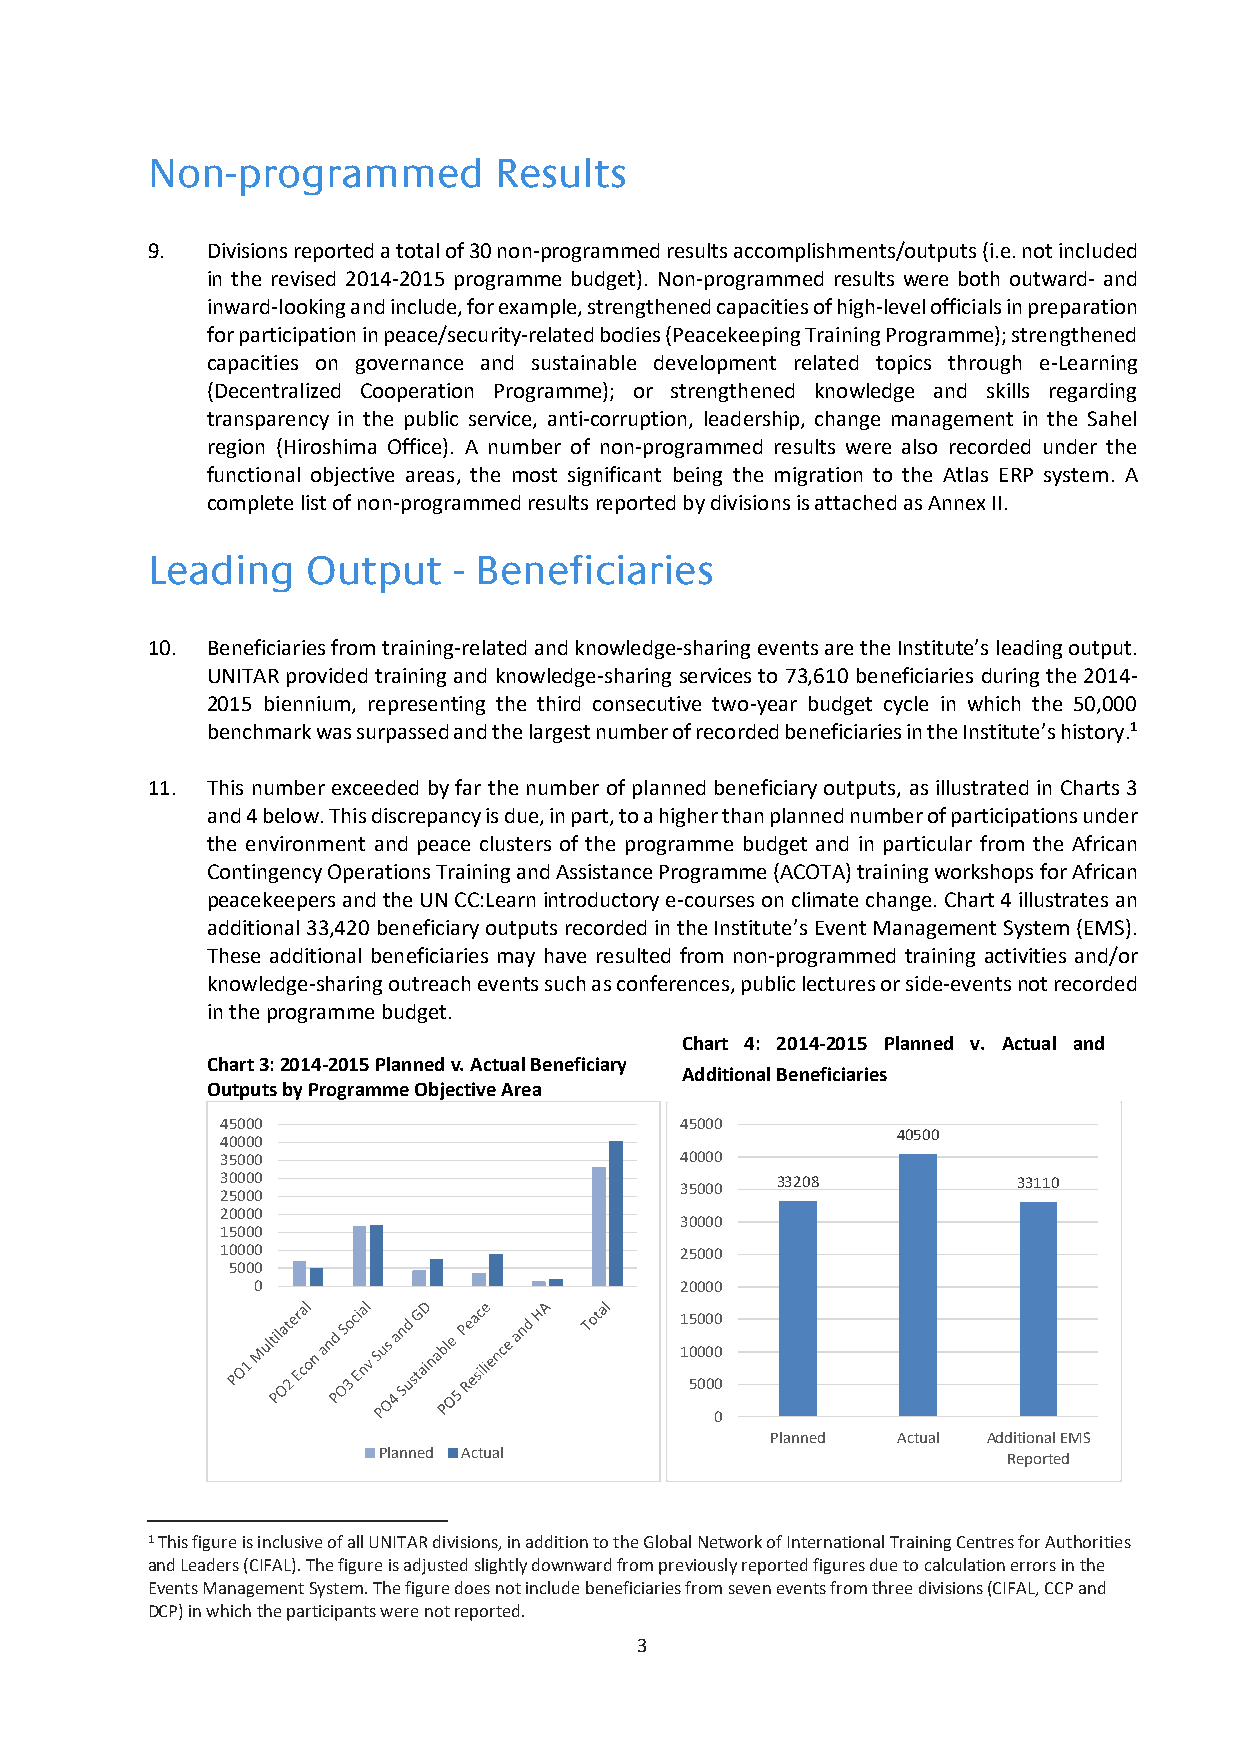
Non-programmed         Results
 9.  Divisions reported a total of 30 non-programmed results accomplishments/outputs (i.e. not included
 in the revised 2014-2015 programme budget). Non-programmed results were both outward- and
 inward-looking and include, for example, strengthened capacities of high-level officials in preparation
 for participation in peace/security-related bodies (Peacekeeping Training Programme); strengthened
 capacities on governance and sustainable development related topics through e-Learning
 (Decentralized Cooperation Programme); or strengthened knowledge and skills regarding
 transparency in the public service, anti-corruption, leadership, change management in the Sahel
 region (Hiroshima Office). A number of non-programmed results were also recorded under the
 functional objective areas, the most significant being the migration to the Atlas ERP system. A
 complete list of non-programmed results reported by divisions is attached as Annex II.
 Leading   Output    - Beneficiaries
 10. Beneficiaries from training-related and knowledge-sharing events are the Institute’s leading output.
 UNITAR provided training and knowledge-sharing services to 73,610 beneficiaries during the 2014-
 2015 biennium, representing the third consecutive two-year budget cycle in which the 50,000
 benchmark was surpassed and the largest number of recorded beneficiaries in the Institute’s history.1
 11. This number exceeded by far the number of planned beneficiary outputs, as illustrated in Charts 3
 and 4 below. This discrepancy is due, in part, to a higher than planned number of participations under
 the environment and peace clusters of the programme budget and in particular from the African
 Contingency Operations Training and Assistance Programme (ACOTA) training workshops for African
 peacekeepers and the UN CC:Learn introductory e-courses on climate change. Chart 4 illustrates an
 additional 33,420 beneficiary outputs recorded in the Institute’s Event Management System (EMS).
 These additional beneficiaries may have resulted from non-programmed training activities and/or
 knowledge-sharing outreach events such as conferences, public lectures or side-events not recorded
 in the programme budget.
 Chart 4: 2014-2015 Planned v. Actual and
 Chart 3: 2014-2015 Planned v. Actual Beneficiary
 Additional Beneficiaries
 Outputs by Programme Objective Area
 45000                         45000
 40500
 40000
 35000                         40000
 30000                               33208           33110
 35000
 25000
 20000
 30000
 15000
 10000                         25000
 5000
 0                           20000
 15000
 10000
 5000
 0
 Planned Actual Additional EMS
 Planned Actual                            Reported
 1 This figure is inclusive of all UNITAR divisions, in addition to the Global Network of International Training Centres for Authorities
 and Leaders (CIFAL). The figure is adjusted slightly downward from previously reported figures due to calculation errors in the
 Events Management System. The figure does not include beneficiaries from seven events from three divisions (CIFAL, CCP and
 DCP) in which the participants were not reported.
 3